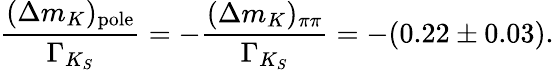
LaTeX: {\frac{(\Delta m_{K})_{\mathrm{pole}}}{\Gamma_{K_{S}}}}=-{\frac{(\Delta m_{K})_{\pi\pi}}{\Gamma_{K_{S}}}}=-(0.22\pm 0.03).